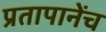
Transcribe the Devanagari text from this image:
प्रतापानेंच